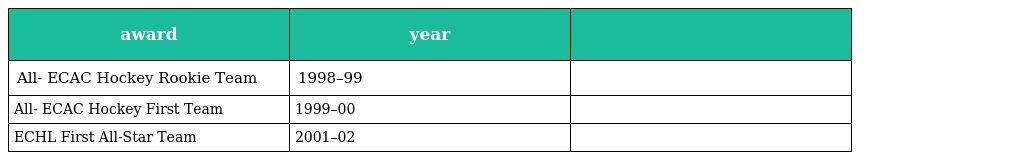
| award | year |  |
 | --- | --- | --- |
 | All- ECAC Hockey Rookie Team | 1998–99 |  |
 | All- ECAC Hockey First Team | 1999–00 |  |
 | ECHL First All-Star Team | 2001–02 |  |